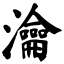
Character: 瀹